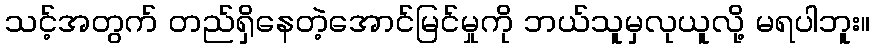
သင့်အတွက် တည်ရှိနေတဲ့အောင်မြင်မှုကို ဘယ်သူမှလုယူလို့ မရပါဘူး။